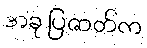
အခု ပြဇာတ်က